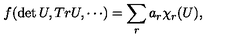
f ( \det U , T r U , \cdots ) = \sum _ { r } a _ { r } \chi _ { r } ( U ) ,